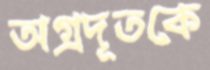
অগ্রদূতকে